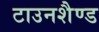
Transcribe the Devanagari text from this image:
टाउनशैण्ड